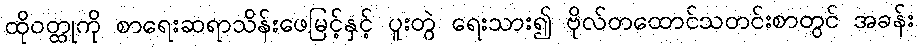
ထိုဝတ္ထုကို စာရေးဆရာသိန်းဖေမြင့်နှင့် ပူးတွဲ ရေးသား၍ ဗိုလ်တထောင်သတင်းစာတွင် အခန်း